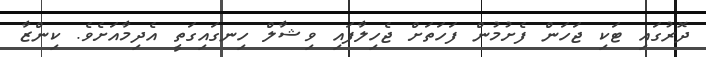
ދޮރުގައި ޓަކި ޖަހަން ފެށުމުން ފަހަތަށް ޖެހިލާފައި ވިޝާލް ހިނގައިގަތީ އެދިމާއަށެވެ. ކިންޒާ